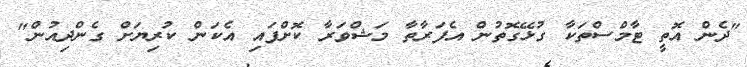
"ދެން އޮތީ ޓާމްސްތަކާ ގުޅޭގޮތުން އެފަރާތާ މަޝްވަރާ ކޮށްފައި އެކަން ކުރިޔަށް ގެންދިއުން"